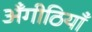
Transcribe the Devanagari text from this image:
अँगीठियाँ